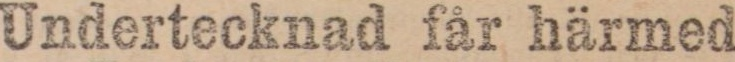
Undertecknad får härmed